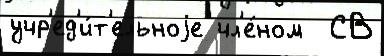
учр'ед'и́т'ельноjе чл'е́ном  СВ